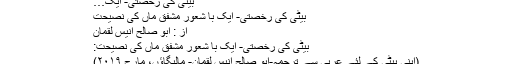
بیٹی کی رخصتی- ایک با شعور مشفق ماں کی نصیحت - ابو صالح انیس لقمان
بیٹی کی رخصتی- ایک…
بیٹی کی رخصتی- ایک با شعور مشفق ماں کی نصیحت
از : ابو صالح انیس لقمان
بیٹی کی رخصتی- ایک با شعور مشفق ماں کی نصیحت:
(اپنی بیٹی کے لئے عربی سے ترجمہ-ابو صالح انیس لقمان- مالیگاؤں، مارچ ۲۰۱۹)
بیٹی!